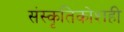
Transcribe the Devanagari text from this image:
संस्कृतिकोशही